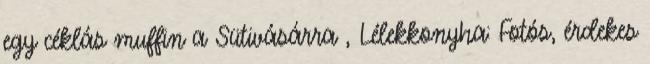
egy céklás muffin a Sütivásárra , Lélekkonyha: Fotós, érdekes